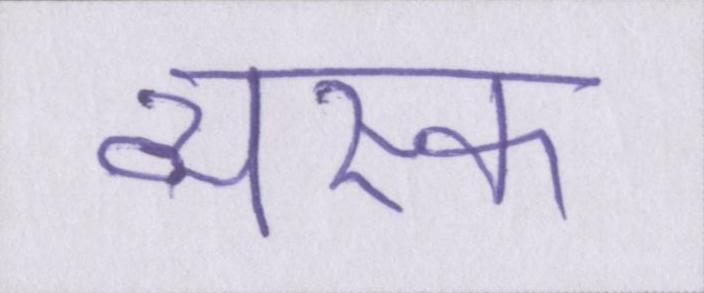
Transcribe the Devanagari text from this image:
व्यस्क